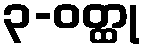
၃-ဝတ္ထု